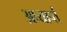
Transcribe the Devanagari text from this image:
अप्यार्प्त